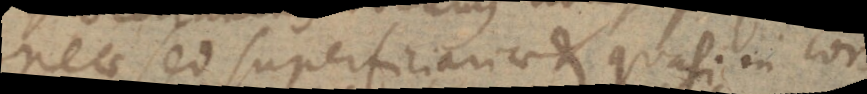
neae sed superficiariae et quasi in cor